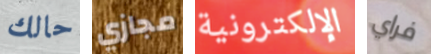
حالك مجازي الإلكترونية فراي